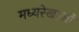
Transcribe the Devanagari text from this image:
मध्यरेखाओं